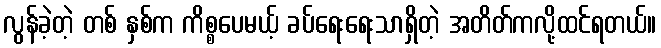
လွန်ခဲ့တဲ့ တစ် နှစ်က ကိစ္စပေမယ့် ခပ်ရေးရေးသာရှိတဲ့ အတိတ်ကလို့ထင်ရတယ်။